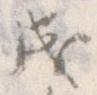
成